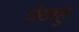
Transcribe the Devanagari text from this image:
देखहु